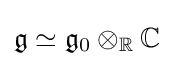
{\mathfrak {g}}\simeq {\mathfrak {g}}_{0}\otimes _{\mathbb {R} }\mathbb {C}